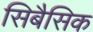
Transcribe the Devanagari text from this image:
सिबैसिक